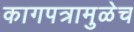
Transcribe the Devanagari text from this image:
कागपत्रामुळेच